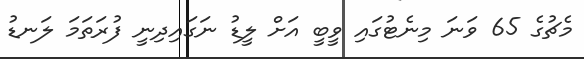
މެޗުގެ 65 ވަނަ މިނެޓުގައި ވީބީ އަށް ލީޑު ނަގައިދިނީ ފުރަތަމަ ލަނޑު